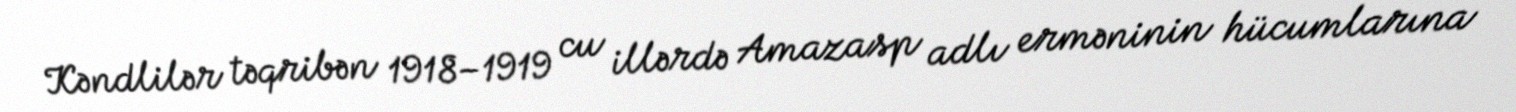
Kəndlilər təqribən 1918–1919 cu illərdə Amazasp adlı erməninin hücumlarına